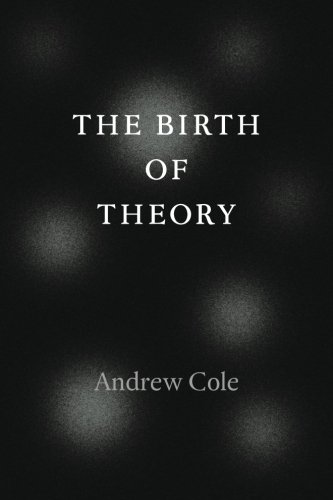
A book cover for The Birth of Theory; Andrew Cole; Politics & Social Sciences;